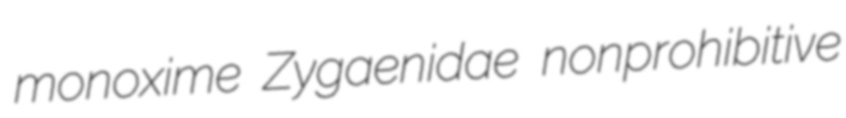
monoxime Zygaenidae nonprohibitive